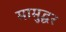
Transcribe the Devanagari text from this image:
मामुद्धर